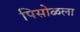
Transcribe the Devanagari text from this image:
पिसोळला